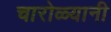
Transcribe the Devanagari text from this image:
चारोळ्यानी